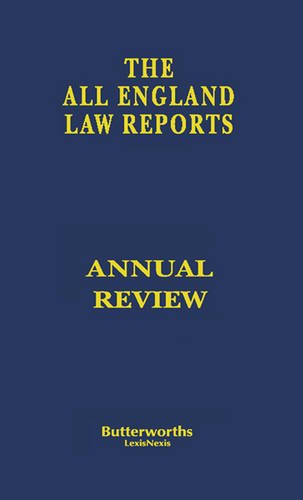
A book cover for All England Annual Review; Law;